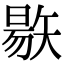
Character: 𥏬